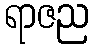
ရာဇည